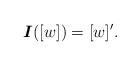
LaTeX: \begin{align*}\boldsymbol{I}([w])=[w]'. \end{align*}